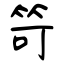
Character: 笴